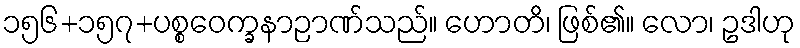
၁၅၆+၁၅၇+ပစ္စဝေက္ခနာဉာဏ်သည်။ ဟောတိ၊ ဖြစ်၏။ လော၊ ဥဒါဟု